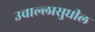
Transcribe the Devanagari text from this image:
उचाल्लासुधील